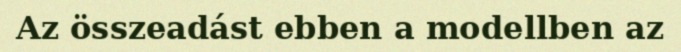
Az összeadást ebben a modellben az